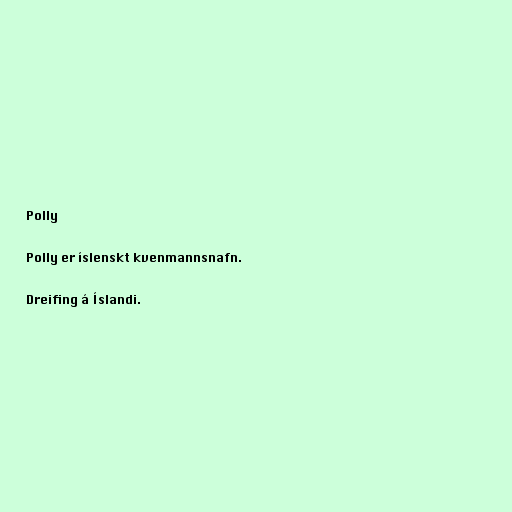
Polly

Polly er íslenskt kvenmannsnafn.

Dreifing á Íslandi.